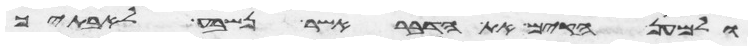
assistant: ולמען הקים את הדבר אשר נשבע לאבתיך